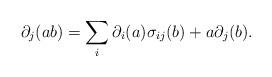
LaTeX: \begin{align*} \partial_j(ab) = \sum_i\partial_i(a)\sigma_{ij}(b) + a\partial_j(b).\end{align*}